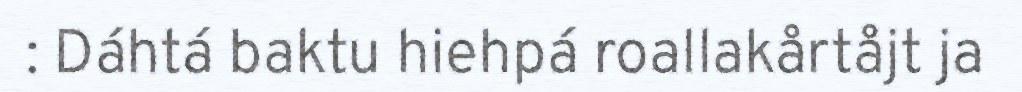
: Dáhtá baktu hiehpá roallakårtåjt ja